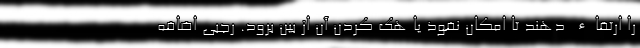
را ارتقاء دهند تا امکان نفوذ یا هک کردن آن از بین برود. رجبی اضافه